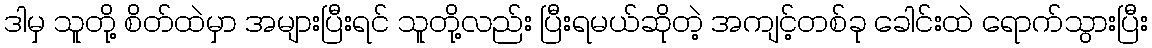
ဒါမှ သူတို့ စိတ်ထဲမှာ အများပြီးရင် သူတို့လည်း ပြီးရမယ်ဆိုတဲ့ အကျင့်တစ်ခု ခေါင်းထဲ ရောက်သွားပြီး